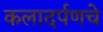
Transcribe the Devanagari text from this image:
कलादर्पणचे